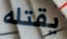
يقتله